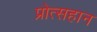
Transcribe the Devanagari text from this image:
प्रोत्सहान